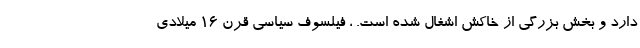
دارد و بخش بزرگی از خاکش اشغال شده است. ، فیلسوف سیاسی قرن 16 میلادی